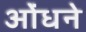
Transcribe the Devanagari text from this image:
ओंधने